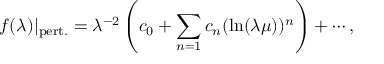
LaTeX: f ( \lambda ) \vert _ { \mathrm { p e r t . } } = \lambda ^ { - 2 } \left( c _ { 0 } + \sum _ { n = 1 } c _ { n } ( \ln ( \lambda \mu ) ) ^ { n } \right) + \cdots ,